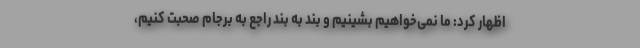
اظهار کرد: ما نمی‌خواهیم بشینیم و بند به بند راجع به برجام صحبت کنیم،